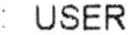
: USER